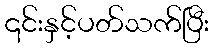
၎င်းနှင့်ပတ်သက်ပြီး